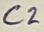
Text: C2